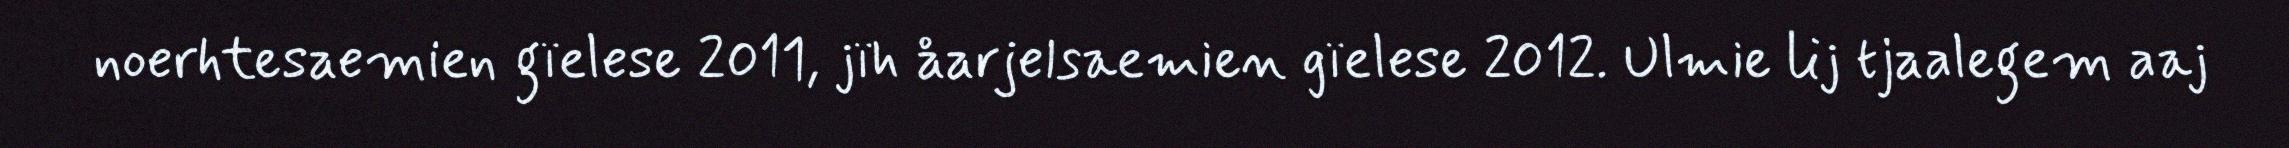
noerhtesaemien gïelese 2011, jïh åarjelsaemien gïelese 2012. Ulmie lij tjaalegem aaj